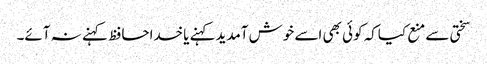
سختی سے منع کیاکہ کوئی بھی اسے خوش آمدیدکہنے یاخداحافظ کہنے نہ آئے۔